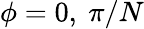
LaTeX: \phi=0,~\pi/N